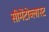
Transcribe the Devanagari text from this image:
सीमेंटोब्लास्ट